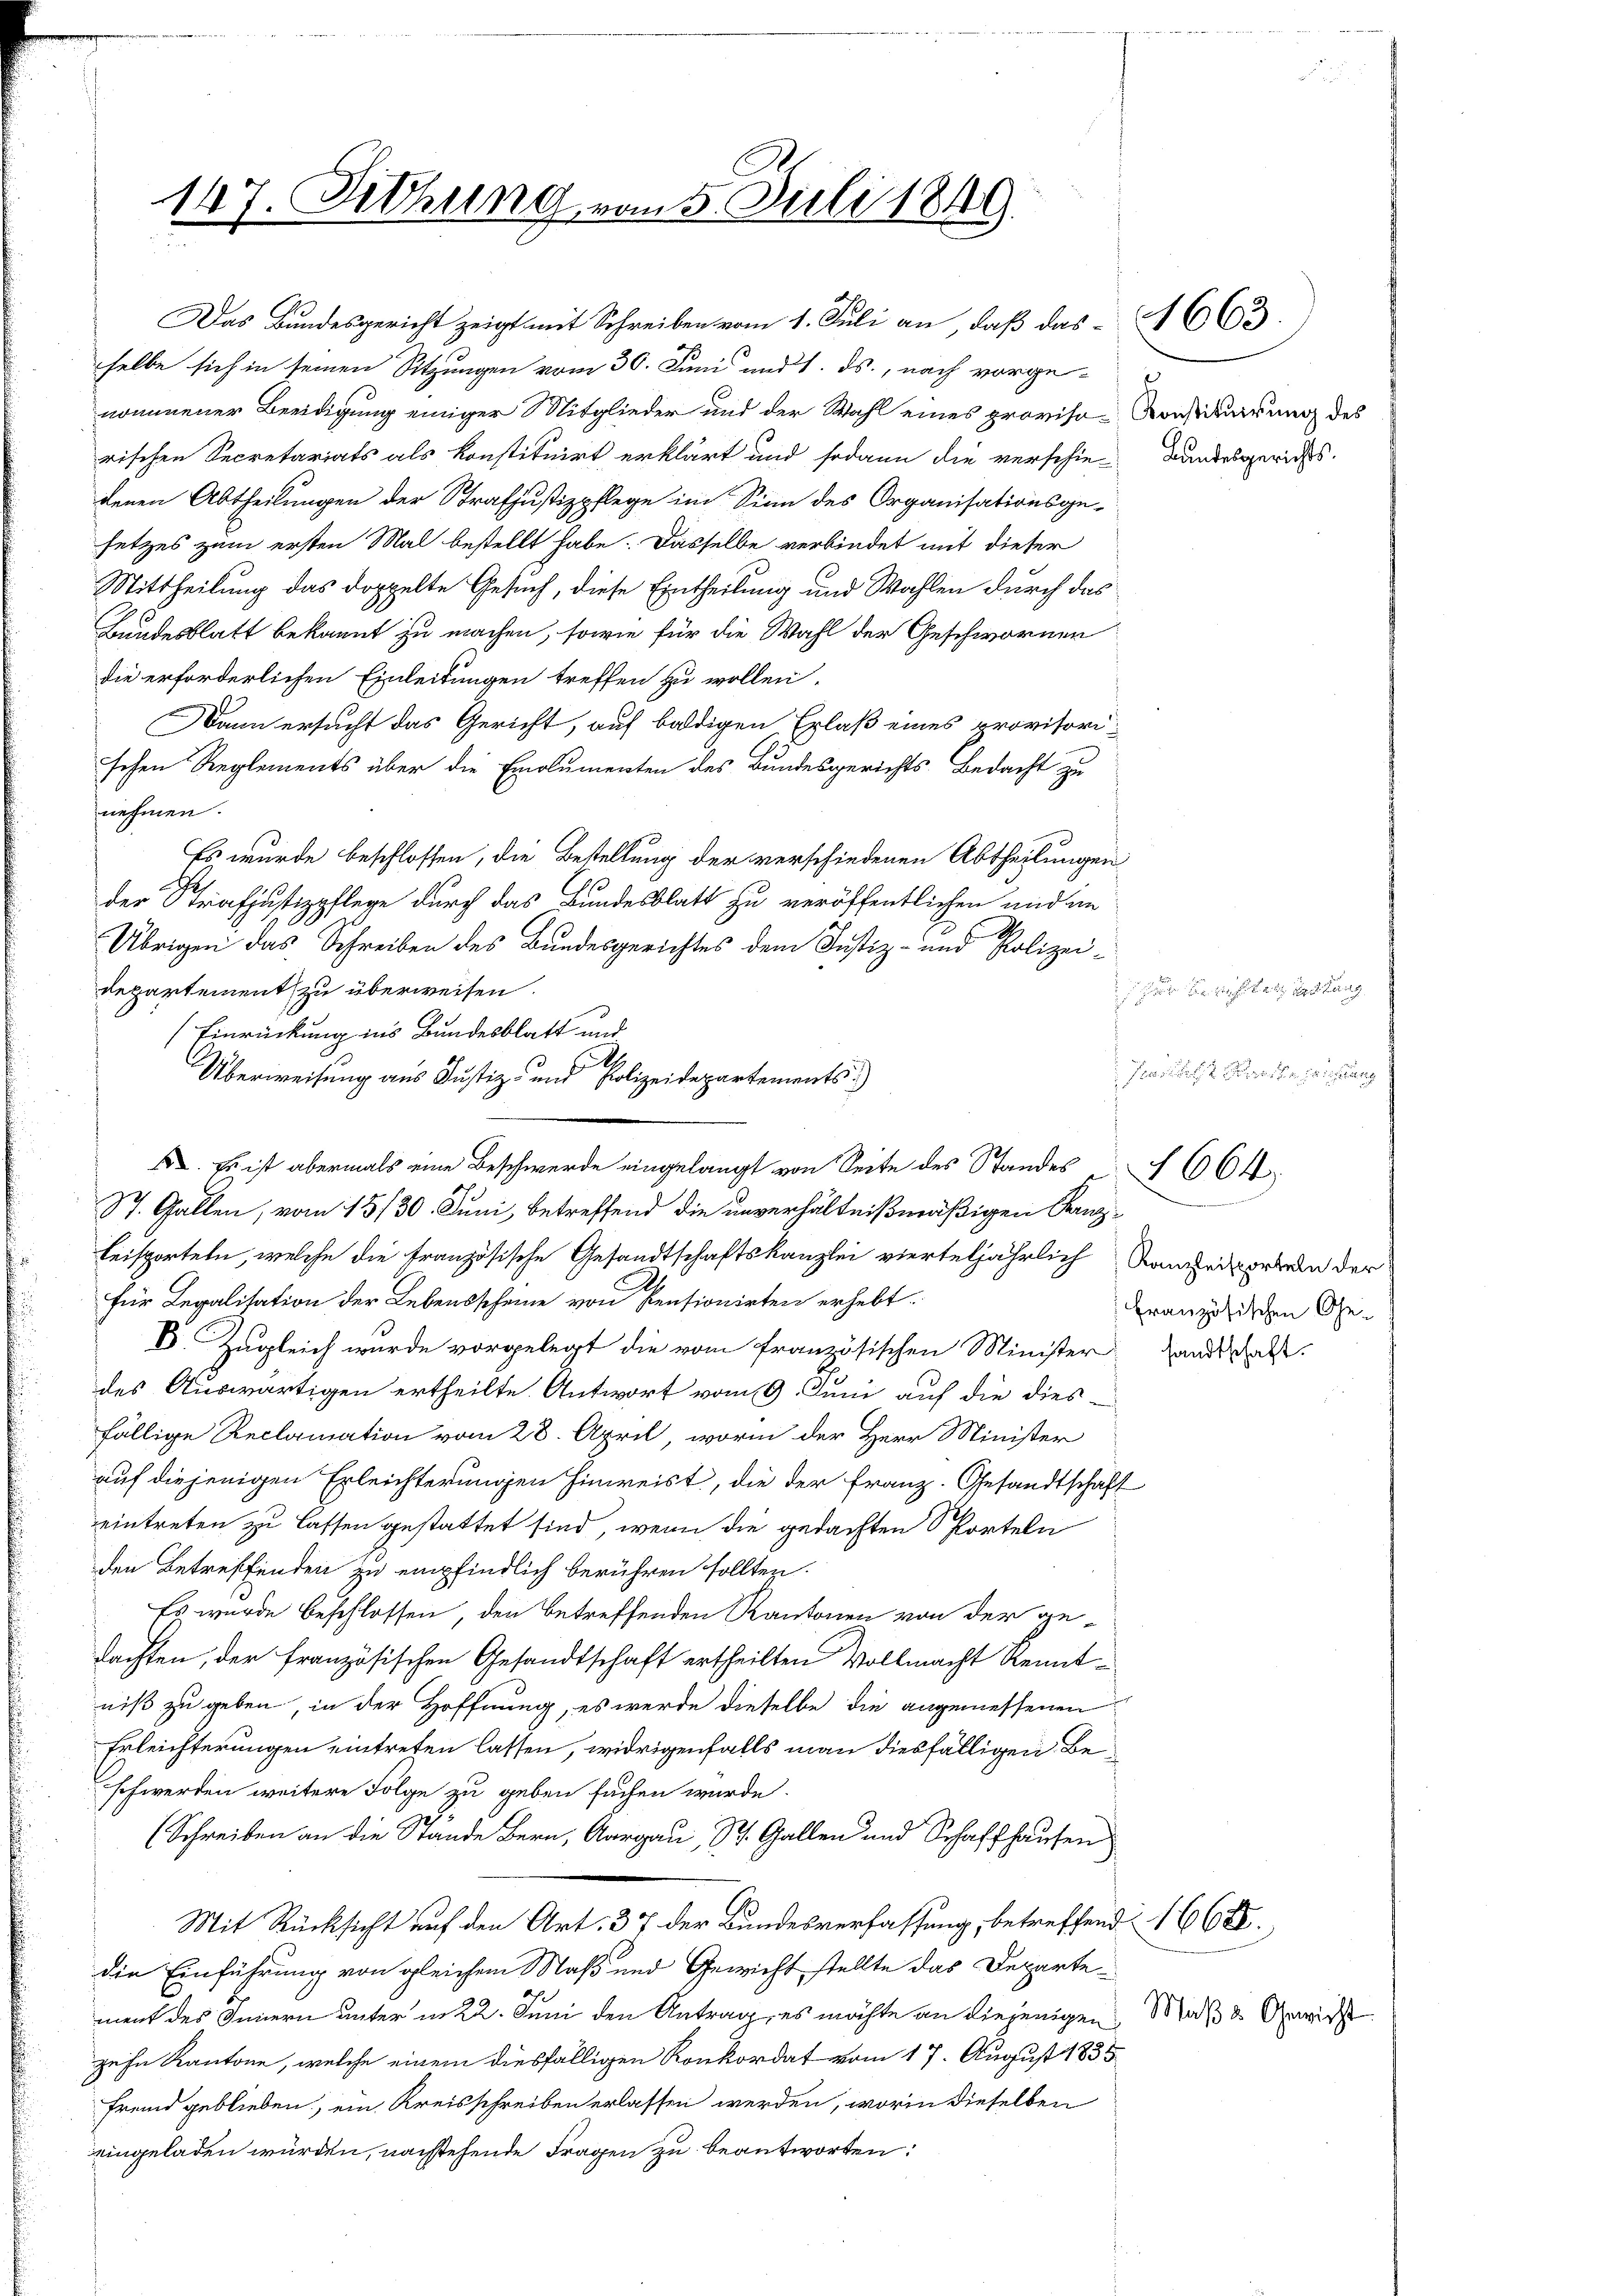
147. Sitzung vom 5. Juli 1849.
2

Das Bundesgericht zeigt mit Schreiben vom 1. Juli an, daß das 1663.
selbe sich in seinen Sitzungen vom 30. Juni und 1. ds., nach vorgenommener Beeidigung einiger Mitglieder und der Wahl eines proviso-Konstituirung des
rischen Secretariats als konstituirt erklärt und sodann die verschie-Bandesgerichts.
denen Abtheilungen der Strafjustizpflege im Sinn des Organisationsge-
setzes zum ersten Mal bestellt habe. Dasselbe verbindet mit dieser
Mittheilung das doppelte Gesuch, diese Eintheilung und Wahlen durch das
Bundesblatt bekannt zu machen, sowie für die Wahl der Geschworner
die erforderlichen Einleitungen treffen zu wollen.
Dann ersucht das Gericht, auf baldigen Erlaß eines provisori-
schen Reglements über die Emolumenten des Bundesgerichts-Bedacht zu
nehmen.
Es wurde beschlossen, die Bestellung der verschiedenen Abtheilungen
der Strafjustizpflege durch das Bundesblatt zu veröffentlichen und an
Übrigen das Schreiben des Bundesgerichtes dem Justiz- und Polizeidepartement zu überweisen.
(Einrückung ins Bundesblatt und
Überweisung aus Justiz- und Polizeidepartements
St. Gallen, vom 15./30. Juni, betreffend die unverhältnißmäßigen Kanzbeisporteln, welche die französische Gesandtschaftskanzlei vierteljährlich Namentorten der
für Legalisation der Lebensscheine von Pensionirten erhebt.
E. Zugleich wurde vorgelegt die vom französischen Minister Landschaf
des Auswärtigen ertheilte. Antwort vom 9. Juni auf die dies-
fällige Reclamation vom 28. April, worin der Herr Minister
auf diejenigen Erleichterungen hinweist, die der Franz. Gesandtschaft
eintreten zu lassen gestattet sind, wenn die gedachten Sporteln
den Betreffenden zu empfindlich berühren sollten.
Es wurde beschlossen, den betreffenden Kantonen von der gedachten, der französischen Gesandtschaft ertheilten Vollmacht Renntniß zu geben, in der Hoffnung, es werde dieselbe die angemessenen
Erleichterungen eintreten lassen, widrigenfalls man diesfälligen Beschwerden weitere Folge zu geben suchen würde.
(Schreiben an die Stände Bern, Aargau, St. Gallen und Schaffhausen
Mit Rücksicht auf den Art. 37 der Bundesverfassung, betreffend 1668.
die Einführung von gleichem Maß und Gewicht stellte das Departe
ment des Innern unterm 22. Juni den Antrag, es möchte an diejenigen Maß & Gewiss
zehn Kantone, welche einem diesfälligen Konkordat vom 17. August 1835
fremd geblieben, ein Kreisschreiben erlassen werden, worin dieselben
eingeladen würden, nachstehende Fragen zu beantworten:

. Es ist abermals eine Beschwerde eingelangt von Seite des Standes 664

thung
g

Französischen Ge-

2